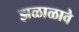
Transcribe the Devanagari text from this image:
झळाळावे